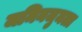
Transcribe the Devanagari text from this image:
जमिनजुमला